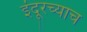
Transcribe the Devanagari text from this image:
इंदूरच्याच